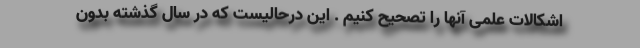
اشکالات علمی آنها را تصحیح کنیم . این درحالیست که در سال گذشته بدون